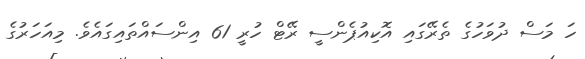
ހަ މަސް ދުވަހުގެ ތެރޭގައި އޮކިއުޕެންސީ ރޭޓް ހުރީ 61 އިންސައްތައިގައެވެ. މިއަހަރުގެ